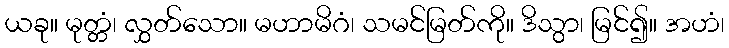
ယခု။ မုတ္တံ၊ လွှတ်သော။ မဟာမိဂံ၊ သမင်မြတ်ကို။ ဒိသွာ၊ မြင်၍။ အဟံ၊